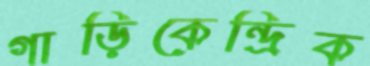
গাড়িকেন্দ্রিক